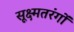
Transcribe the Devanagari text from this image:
सूक्ष्मतरंगों